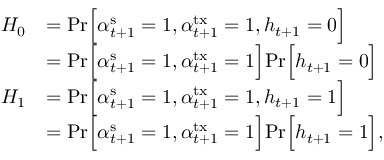
\begin{array} { r l } { { H } _ { 0 } } & { = \mathrm { P r } \Big [ \alpha _ { t + 1 } ^ { \mathrm { s } } = 1 , \alpha _ { t + 1 } ^ { \mathrm { t x } } = 1 , h _ { t + 1 } = 0 \Big ] } \\ & { = \mathrm { P r } \Big [ \alpha _ { t + 1 } ^ { \mathrm { s } } = 1 , \alpha _ { t + 1 } ^ { \mathrm { t x } } = 1 \Big ] \mathrm { P r } \Big [ h _ { t + 1 } = 0 \Big ] } \\ { { H } _ { 1 } } & { = \mathrm { P r } \Big [ \alpha _ { t + 1 } ^ { \mathrm { s } } = 1 , \alpha _ { t + 1 } ^ { \mathrm { t x } } = 1 , h _ { t + 1 } = 1 \Big ] } \\ & { = \mathrm { P r } \Big [ \alpha _ { t + 1 } ^ { \mathrm { s } } = 1 , \alpha _ { t + 1 } ^ { \mathrm { t x } } = 1 \Big ] \mathrm { P r } \Big [ h _ { t + 1 } = 1 \Big ] , } \end{array}